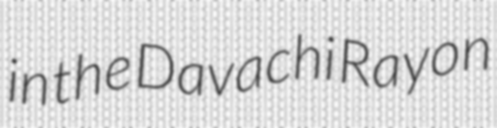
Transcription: in the Davachi Rayon